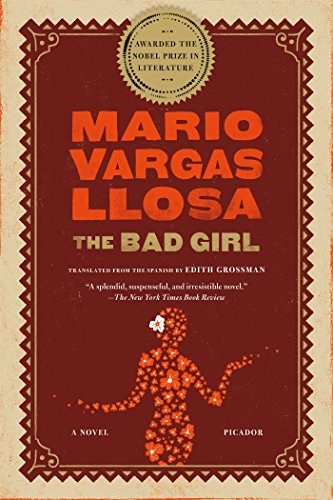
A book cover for The Bad Girl: A Novel; Mario Vargas Llosa; Literature & Fiction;